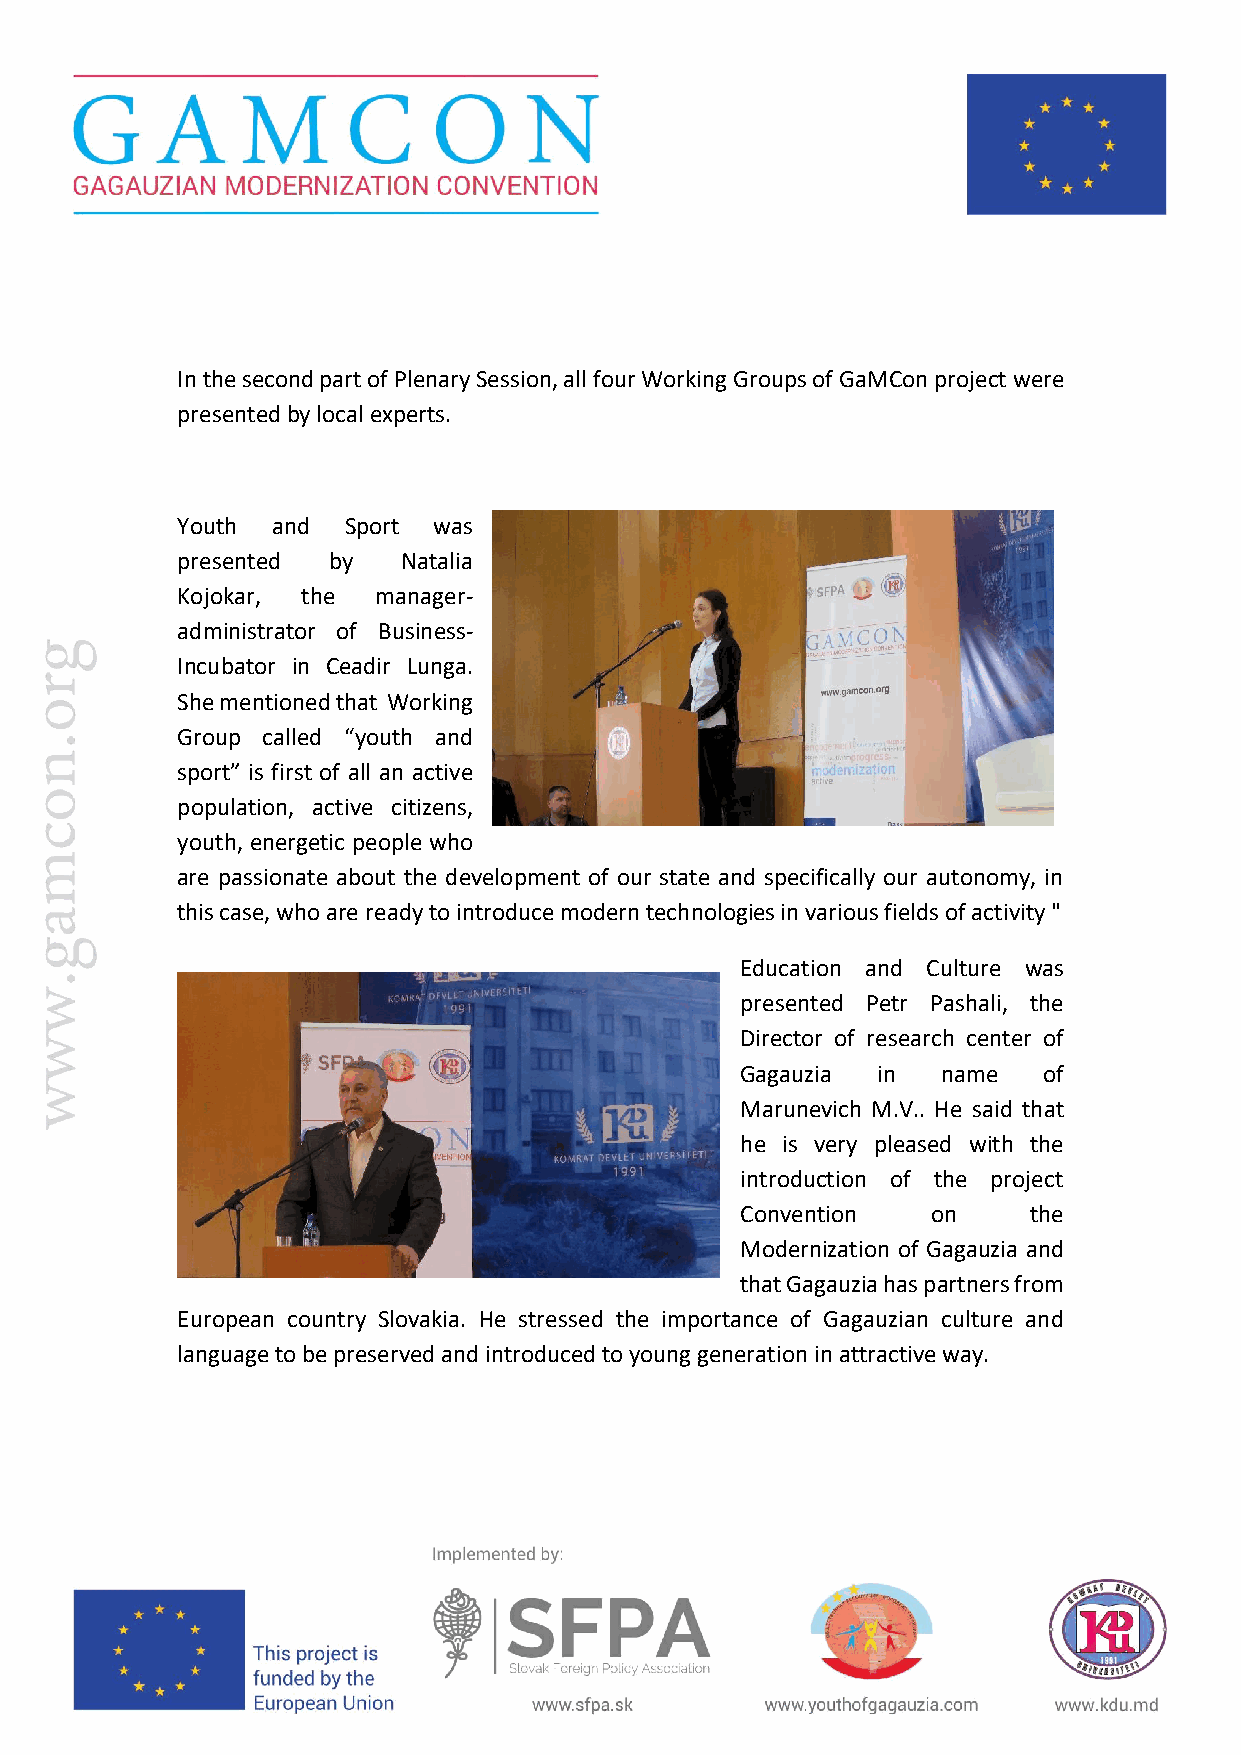
In the second part of Plenary Session, all four Working Groups of GaMCon project were
 presented by local experts.
 Youth and  Sport was
 presented by   Natalia
 Kojokar, the manager-
 administrator of Business-
 Incubator in Ceadir Lunga.
 She mentioned that Working
 Group called “youth and
 sport” is first of all an active
 population, active citizens,
 youth, energetic people who
 are passionate about the development of our state and specifically our autonomy, in
 this case, who are ready to introduce modern technologies in various fields of activity "
 Education and Culture was
 presented Petr Pashali, the
 Director of research center of
 Gagauzia in  name   of
 Marunevich M.V.. He said that
 he is very pleased with the
 introduction of the project
 Convention   on    the
 Modernization of Gagauzia and
 that Gagauzia has partners from
 European country Slovakia. He stressed the importance of Gagauzian culture and
 language to be preserved and introduced to young generation in attractive way.